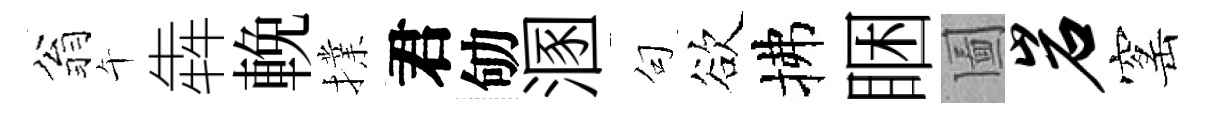
翁午犇輓擈君劬溷句欲拂睏圗岩窰